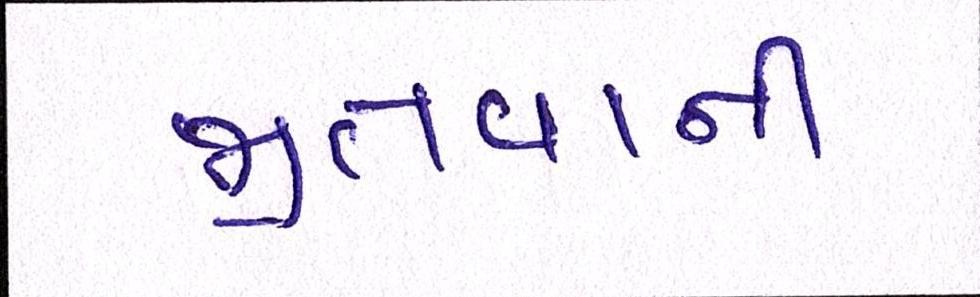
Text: જીતવાની